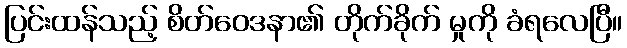
ပြင်းထန်သည့် စိတ်ဝေဒနာ၏ တိုက်ခိုက် မှုကို ခံရလေပြီ။